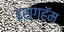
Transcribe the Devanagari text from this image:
इश्गहॅम